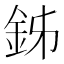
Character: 𨥦